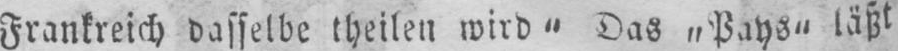
Das „Pays“ läßt